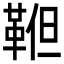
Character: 𩊹